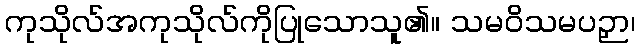
ကုသိုလ်အကုသိုလ်ကိုပြုသောသူ၏။ သမဝိသမပဉှာ၊